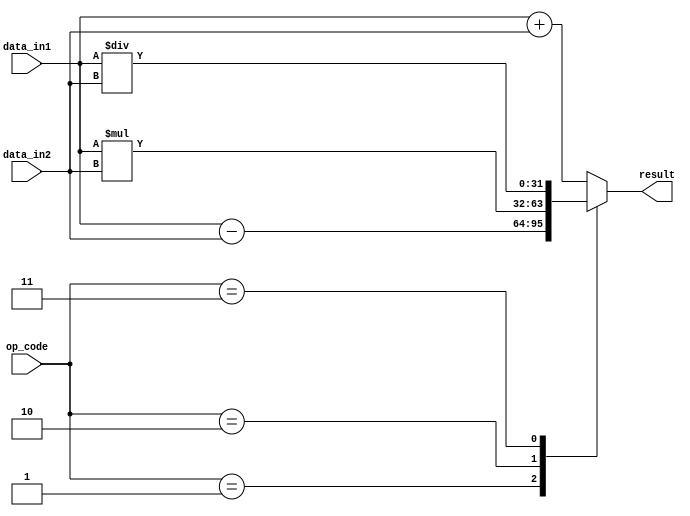
module fixed_point_float_unit (
    input signed [31:0] data_in1,
    input signed [31:0] data_in2,
    input [3:0] op_code,  // 0: addition, 1: subtraction, 2: multiplication, 3: division
    output reg signed [31:0] result
);

always @* begin
    case(op_code)
        0: result = data_in1 + data_in2; // addition
        1: result = data_in1 - data_in2; // subtraction
        2: result = data_in1 * data_in2; // multiplication
        3: result = data_in1 / data_in2; // division
        default: result = data_in1 + data_in2; // default to addition
    endcase
end

endmodule